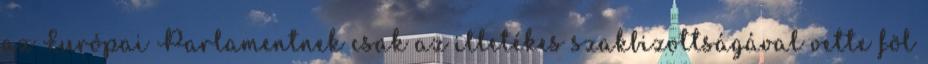
az Európai Parlamentnek csak az illetékes szakbizottságával vette föl